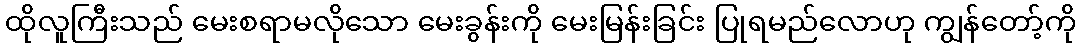
ထိုလူကြီးသည် မေးစရာမလိုသော မေးခွန်းကို မေးမြန်းခြင်း ပြုရမည်လောဟု ကျွန်တော့်ကို